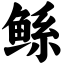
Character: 鲧